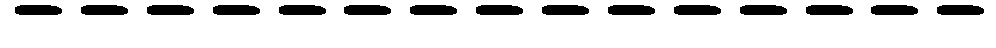
---------------